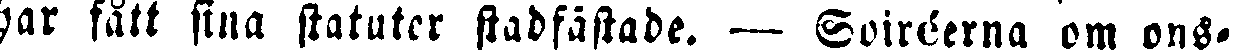
har fått sina statuter stadfästade. — Soiréerna om ons-